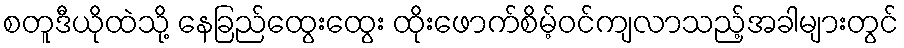
စတူဒီယိုထဲသို့ နေခြည်ထွေးထွေး ထိုးဖောက်စိမ့်ဝင်ကျလာသည့်အခါများတွင်